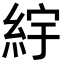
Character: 𬗒